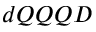
d Q Q Q D